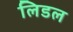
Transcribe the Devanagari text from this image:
लिडल